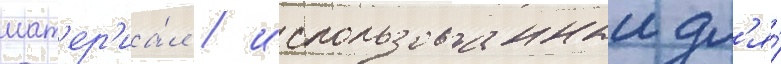
мат'ер'иа́л / использованныи дл'я́